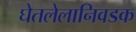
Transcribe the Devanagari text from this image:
घेतलेलानिवडक